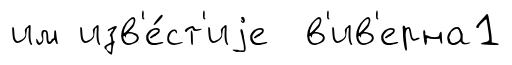
им изв'е́ст'иjе в'ив'ерна1